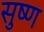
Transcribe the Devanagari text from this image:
सुष्ण